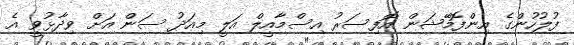
ފުލުހުންގެ އިންފޮމޭޝަން އޮފިސަރު އިސްމާއީލް އަލީ މިއަދު ސަން އަށް ވިދާޅުވީ އެ